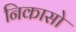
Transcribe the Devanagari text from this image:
निकासो